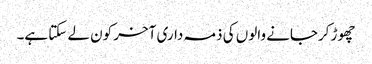
چھوڑ کرجانے والوں کی ذمہ داری آخر کون لے سکتا ہے۔